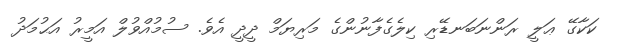
ކަކާގޭ ޢަލީ ރަންނަބަނޑޭރި ކިލެގެފާނުންގެ މަރިޔަމް ދީދީ އެވެ. ސުމުއްވުލް އަމީރު އަޙުމަދު